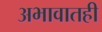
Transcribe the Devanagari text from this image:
अभावातही